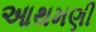
આથમણી